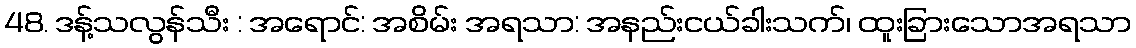
48. ဒန့်သလွန်သီး : အရောင်: အစိမ်း အရသာ: အနည်းငယ်ခါးသက်၊ ထူးခြားသောအရသာ